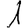
Digit: 1